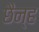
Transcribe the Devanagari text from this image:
छैन्ह